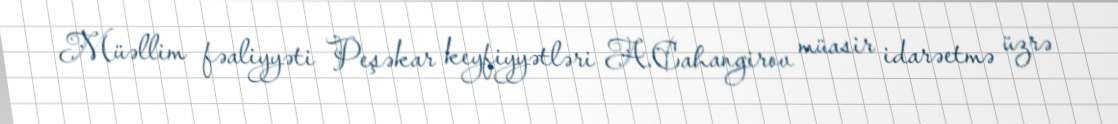
Müəllim fəaliyyəti Peşəkar keyfiyyətləri A.Cahangirov müasir idarəetmə üzrə